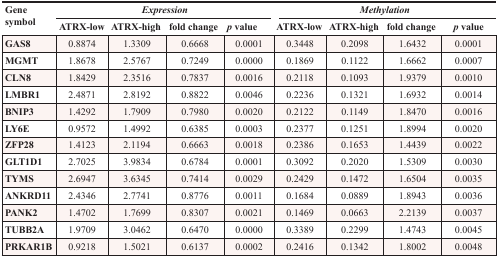
<table><thead><tr><td rowspan="2"><b>Gene symbol</b></td><td colspan="4"><b><i>Expression</i></b></td><td colspan="4"><b><i>Methylation</i></b></td></tr><tr><td><b>ATRX-low</b></td><td><b>ATRX-high</b></td><td><b>fold change</b></td><td><b><i>p</i> value</b></td><td><b>ATRX-low</b></td><td><b>ATRX-high</b></td><td><b>fold change</b></td><td><b><i>p</i> value</b></td></tr></thead><tbody><tr><td><b>GAS8</b></td><td>0.8874</td><td>1.3309</td><td>0.6668</td><td>0.0001</td><td>0.3448</td><td>0.2098</td><td>1.6432</td><td>0.0001</td></tr><tr><td><b>MGMT</b></td><td>1.8678</td><td>2.5767</td><td>0.7249</td><td>0.0000</td><td>0.1869</td><td>0.1122</td><td>1.6662</td><td>0.0007</td></tr><tr><td><b>CLN8</b></td><td>1.8429</td><td>2.3516</td><td>0.7837</td><td>0.0016</td><td>0.2118</td><td>0.1093</td><td>1.9379</td><td>0.0010</td></tr><tr><td><b>LMBR1</b></td><td>2.4871</td><td>2.8192</td><td>0.8822</td><td>0.0046</td><td>0.2236</td><td>0.1321</td><td>1.6932</td><td>0.0014</td></tr><tr><td><b>BNIP3</b></td><td>1.4292</td><td>1.7909</td><td>0.7980</td><td>0.0020</td><td>0.2122</td><td>0.1149</td><td>1.8470</td><td>0.0016</td></tr><tr><td><b>LY6E</b></td><td>0.9572</td><td>1.4992</td><td>0.6385</td><td>0.0003</td><td>0.2377</td><td>0.1251</td><td>1.8994</td><td>0.0020</td></tr><tr><td><b>ZFP28</b></td><td>1.4123</td><td>2.1194</td><td>0.6663</td><td>0.0018</td><td>0.2386</td><td>0.1653</td><td>1.4439</td><td>0.0022</td></tr><tr><td><b>GLT1D1</b></td><td>2.7025</td><td>3.9834</td><td>0.6784</td><td>0.0001</td><td>0.3092</td><td>0.2020</td><td>1.5309</td><td>0.0030</td></tr><tr><td><b>TYMS</b></td><td>2.6947</td><td>3.6345</td><td>0.7414</td><td>0.0029</td><td>0.2429</td><td>0.1472</td><td>1.6504</td><td>0.0035</td></tr><tr><td><b>ANKRD11</b></td><td>2.4346</td><td>2.7741</td><td>0.8776</td><td>0.0011</td><td>0.1684</td><td>0.0889</td><td>1.8943</td><td>0.0036</td></tr><tr><td><b>PANK2</b></td><td>1.4702</td><td>1.7699</td><td>0.8307</td><td>0.0021</td><td>0.1469</td><td>0.0663</td><td>2.2139</td><td>0.0037</td></tr><tr><td><b>TUBB2A</b></td><td>1.9709</td><td>3.0462</td><td>0.6470</td><td>0.0000</td><td>0.3389</td><td>0.2299</td><td>1.4743</td><td>0.0045</td></tr><tr><td><b>PRKAR1B</b></td><td>0.9218</td><td>1.5021</td><td>0.6137</td><td>0.0002</td><td>0.2416</td><td>0.1342</td><td>1.8002</td><td>0.0048</td></tr></tbody></table>